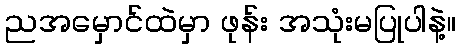
ညအမှောင်ထဲမှာ ဖုန်း အသုံးမပြုပါနဲ့။